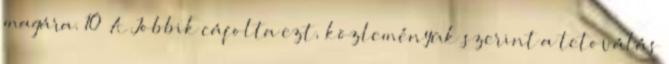
magára. 10 A Jobbik cáfolta ezt, közleményük szerint a tetoválás